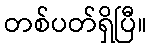
တစ်ပတ်ရှိပြီ။